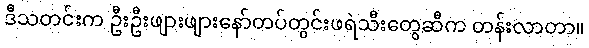
ဒီသတင်းက ဦးဦးဖျားဖျားနော်တပ်တွင်းဖရဲသီးတွေဆီက တန်းလာတာ။